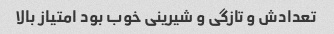
تعدادش و تازگی و شیرینی خوب بود امتیاز بالا